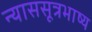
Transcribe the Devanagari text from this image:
न्याससूत्रभाष्य